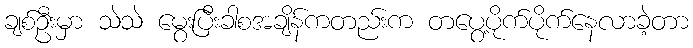
ချစ်ဦးမှာ သဲသဲ မွေးပြီးခါစအချိန်ကတည်းက တပွေ့ပိုက်ပိုက်နေလာခဲ့တာ